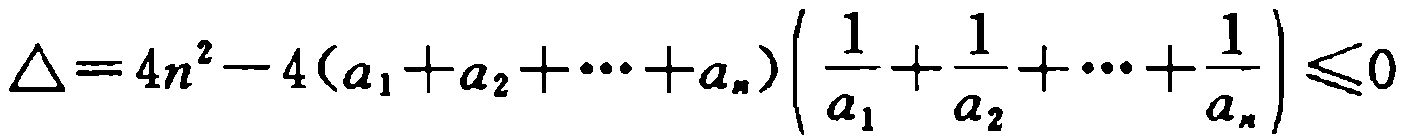
\(\triangle = 4n^{2}-4(a_{1}+a_{2}+\cdots +a_{n})\left(\frac{1}{a_{1}}+\frac{1}{a_{2}}+\cdots +\frac{1}{a_{n}}\right)\leqslant0\)